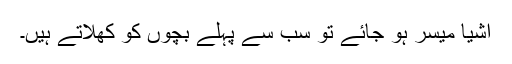
اشیا میسر ہو جائے تو سب سے پہلے بچوں کو کھلاتے ہیں۔